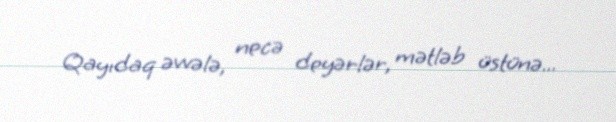
Qayıdaq əvvələ, necə deyərlər, mətləb üstünə...